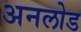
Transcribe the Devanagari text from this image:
अनलोड